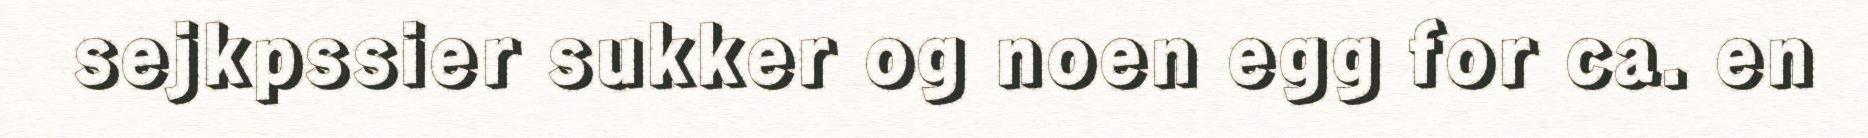
sejkpssier sukker og noen egg for ca. en